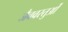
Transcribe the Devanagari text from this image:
जैववस्तुओं